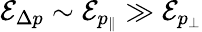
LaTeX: \mathcal{E}_{\Delta p}\sim\mathcal{E}_{p_{\| }}\gg\mathcal{E}_{p_{\perp}}